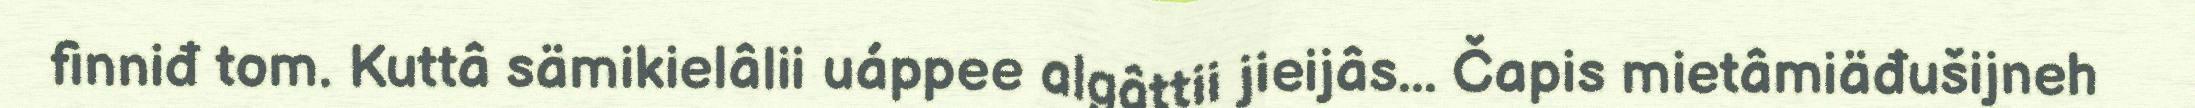
finniđ tom. Kuttâ sämikielâlii uáppee algâttii jieijâs... Čapis mietâmiäđušijneh